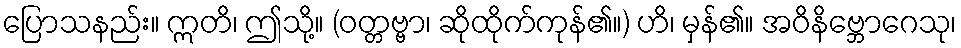
ပြောသနည်း။ ဣတိ၊ ဤသို့။ (ဝတ္တဗ္ဗာ၊ ဆိုထိုက်ကုန်၏။) ဟိ၊ မှန်၏။ အဝိနိဗ္ဘောဂေသု၊